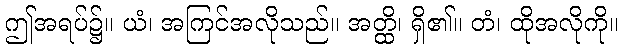
ဤအရပ်၌။ ယံ၊ အကြင်အလိုသည်။ အတ္ထိ၊ ရှိ၏။ တံ၊ ထိုအလိုကို။